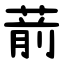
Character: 葥